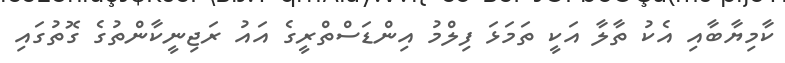
ކާމިޔާބާއި އެކު ތާލާ އަކީ ތަމަޅަ ފިލްމު އިންޑަސްތްރީގެ އައު ރަޖިނީކާންތުގެ ގޮތުގައި